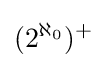
(2^{\aleph _{0}})^{+}